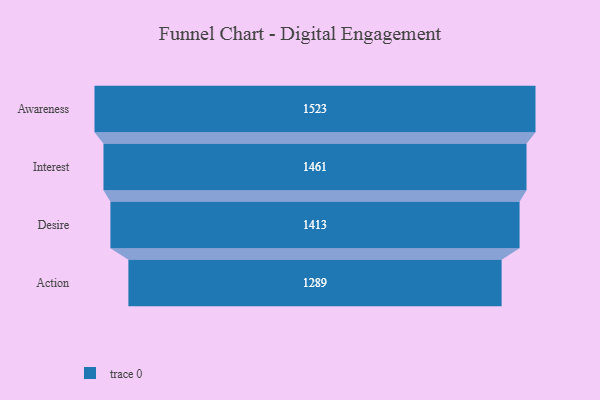
{"axis": {"x": "Stage", "y": "Value"}, "legend": [""], "data": [{"x": "Awareness", "y": 1523.0, "type": ""}, {"x": "Interest", "y": 1461.0, "type": ""}, {"x": "Desire", "y": 1413.0, "type": ""}, {"x": "Action", "y": 1289.0, "type": ""}]}